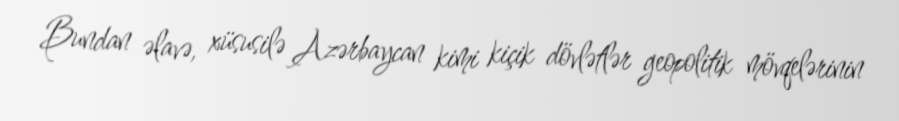
Bundan əlavə, xüsusilə Azərbaycan kimi kiçik dövlətlər geopolitik mövqelərinin